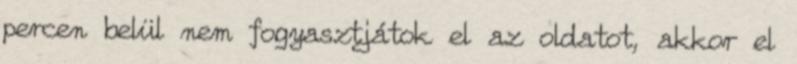
percen belül nem fogyasztjátok el az oldatot, akkor el